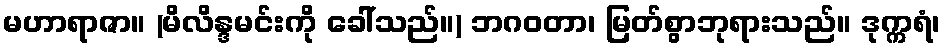
မဟာရာဇာ။ (မိလိန္ဒမင်းကို ခေါ်သည်။) ဘဂဝတာ၊ မြတ်စွာဘုရားသည်။ ဒုက္ကရံ၊